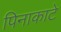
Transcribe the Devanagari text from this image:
पिनाकाटे